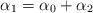
LaTeX: \begin{align*}\alpha_1=\alpha_0+\alpha_2\end{align*}